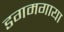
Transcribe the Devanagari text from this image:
डगमगाया